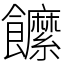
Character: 䭧